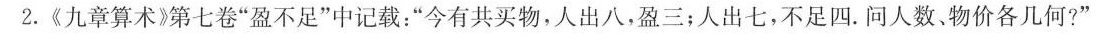
2.\ll 九章算术\gg第七卷”盈不足”中记载：”今有共买物，人出八，盈三；人出七，不足四。问人数、物价各几何?”